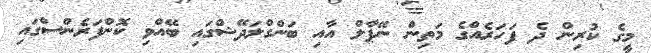
މީގެ ކުރިން ދެ ފަހަރެއްގެ މަތިން ނޭޕާލް އާއި ބަންގްލަދޭޝްގައި ބޭއްވި ކޮންފަރެންސްގައި